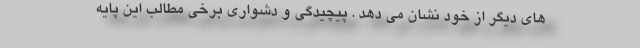
های دیگر از خود نشان می دهد . پیچیدگی و دشواری برخی مطالب این پایه